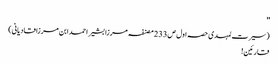
''
(سیرت لمہدی حصہ اول ص233 مصنفہ مرزا بشیر احمد ابن مرزا قادیانی)
قارئین!